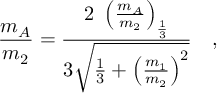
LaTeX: \frac { m _ { A } } { m _ { 2 } } = \frac { 2 ~ \left( \frac { m _ { A } } { m _ { 2 } } \right) _ { \frac { 1 } { 3 } } } { 3 \sqrt { \frac { 1 } { 3 } + \left( \frac { m _ { 1 } } { m _ { 2 } } \right) ^ { 2 } } } \quad ,